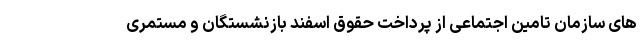
های سازمان تامین اجتماعی از پرداخت حقوق اسفند بازنشستگان و مستمری